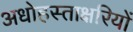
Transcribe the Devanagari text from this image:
अधोहस्ताक्षरियों